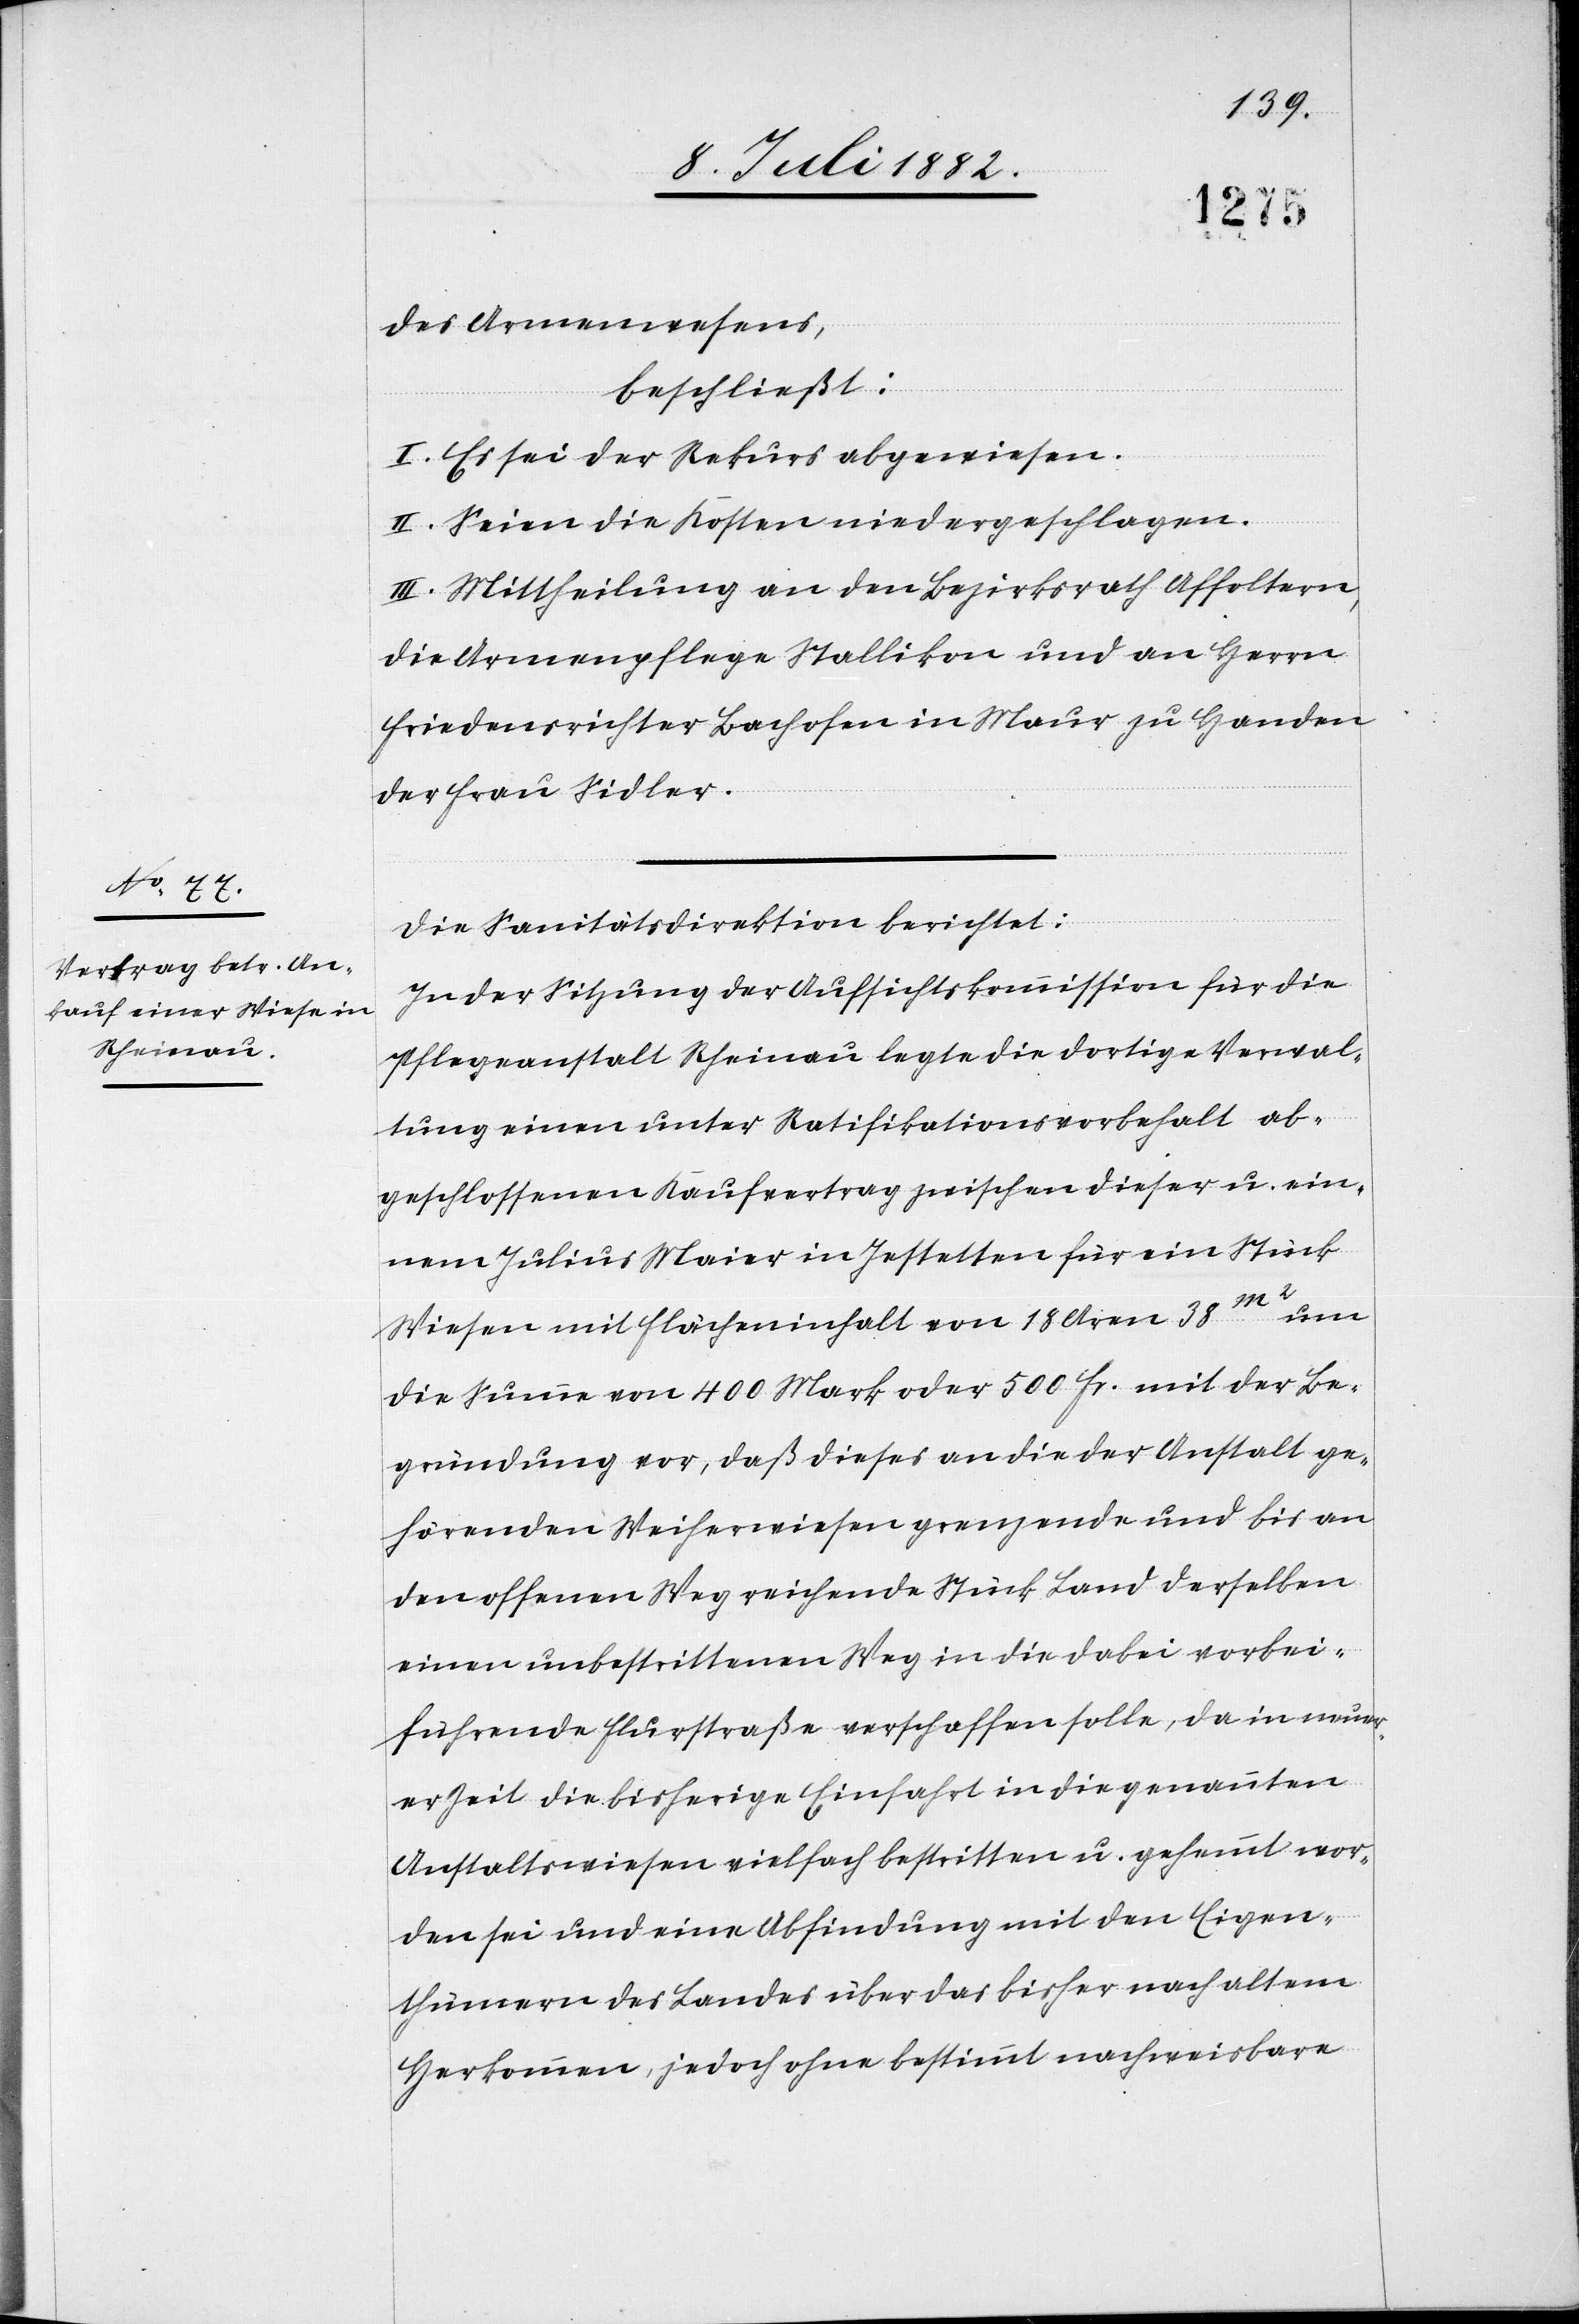
des Armenwesens,
beschließt:
I. Es sei der Rekurs abgewiesen.
II. Seien die Kosten niedergeschlagen.
III. Mittheilung an den Bezirksrath Affoltern,
die Armenpflege Stallikon und an Herrn
Friedensrichter Bachofen in Maur zu Handen
der Frau Sidler.
Die Sanitätsdirektion berichtet:
In der Sitzung der Aufsichtskommission für die
Pflegeanstalt Rheinau legte die dortige Verwal¬
tung einen unter Ratifikationsvorbehalt ab¬
geschlossenen Kaufvertrag zwischen dieser u. ein¬
em Julius Maier in Jestetten für ein Stück
Wiesen mit Flächeninhalt von 18 Aren 38m2 um
die Summe von 400 Mark oder 500 Fr. mit der Be¬
gründung vor, daß dieses an die der Anstalt ge¬
hörenden Weiherwiesen grenzende und bis an
den offenen Weg reichende Stück Land derselben
einen unbestrittenen Weg in die dabei vorbei¬
führende Flurstraße verschaffen solle, da in neuer¬
er Zeit die bisherige Einfahrt in die genannten
Anstaltswiesen vielfach bestritten u. gehemmt wor¬
den sei und eine Abfindung mit den Eigen¬
thümern des Landes über das bisher nach altem
Herkommen, jedoch ohne bestimmt nachweisbare